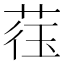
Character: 𫈙